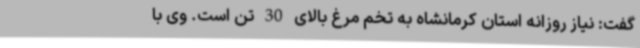
گفت: نیاز روزانه استان کرمانشاه به تخم مرغ بالای 30 تن است. وی با